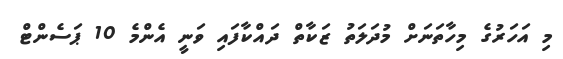
މި އަހަރުގެ މިހާތަނަށް މުދަލަތު ޒަކާތް ދައްކާފައި ވަނީ އެންމެ 10 ޕަސެންޓް